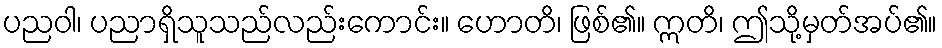
ပညဝါ၊ ပညာရှိသူသည်လည်းကောင်း။ ဟောတိ၊ ဖြစ်၏။ ဣတိ၊ ဤသို့မှတ်အပ်၏။